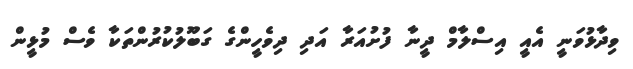
ވިދާޅުވަނީ އެއީ އިސްލާމް ދީނާ ފުށުއަރާ އަދި ދިވެހީންގެ ގަބޫލުކުރުންތަކާ ވެސް މުޅީން